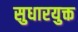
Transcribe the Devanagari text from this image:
सुधारयुक्त